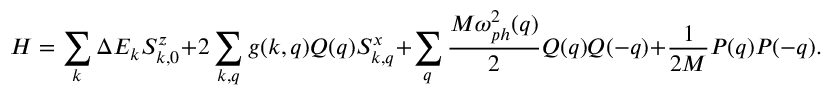
H = \sum _ { k } \Delta E _ { k } S _ { k , 0 } ^ { z } + 2 \sum _ { k , q } g ( k , q ) Q ( q ) S _ { k , q } ^ { x } + \sum _ { q } \frac { M \omega _ { p h } ^ { 2 } ( q ) } { 2 } Q ( q ) Q ( - q ) + \frac { 1 } { 2 M } P ( q ) P ( - q ) .